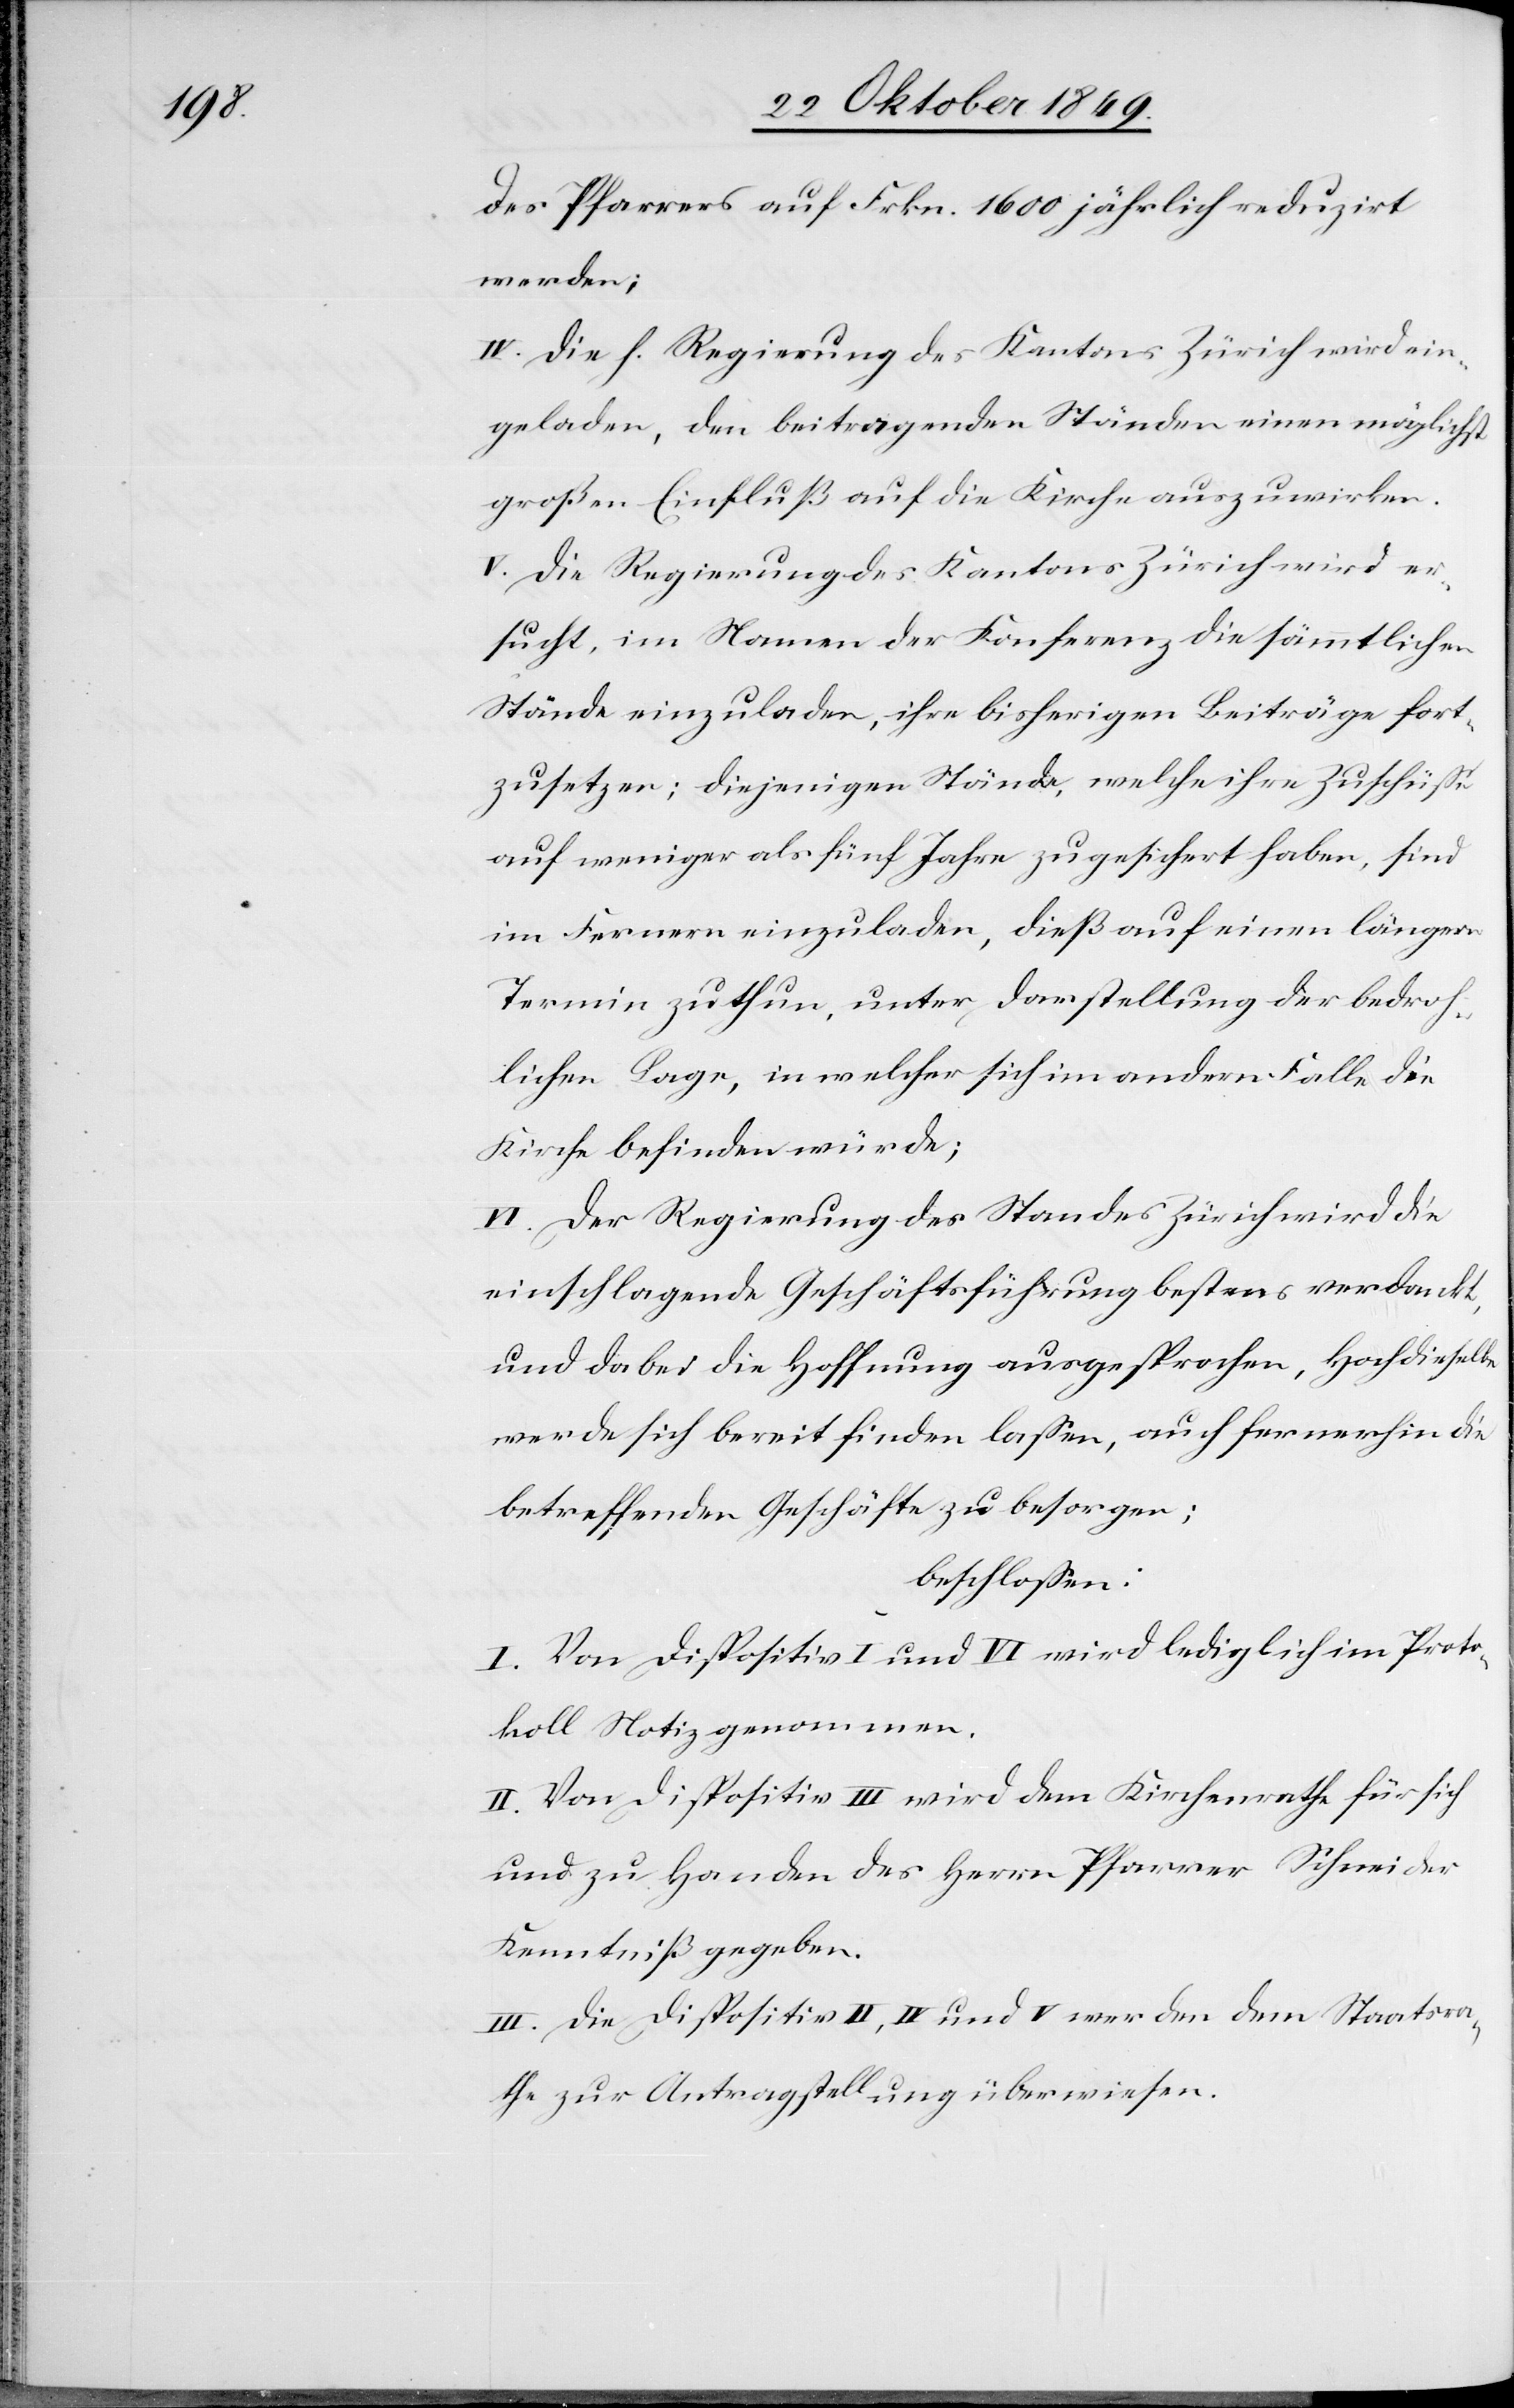
des Pfarrers auf Frkn. 1600 jährlich reduzirt
werden;
IV. Die h. Regierung des Kantons Zürich wird ein¬
geladen, den beitragenden Ständen einen möglichst
großen Einfluß auf die Kirche auszuwirken.
V. Die Regierung des Kantons Zürich wird er¬
sucht, im Namen der Konferenz die sämmtlichen
Stände einzuladen, ihre bisherigen Beiträge fort¬
zusetzen; diejenigen Stände, welche ihre Zuschüße
auf weniger als fünf Jahre zugesichert haben, sind
im Fernern einzuladen, dieß auf einen längern
Termin zu thun, unter Darstellung der bedroh¬
lichen Lage, in welcher sich im andern Falle die
Kirche befinden würde;
VI. Der Regierung des Standes Zürich wird die
einschlagende Geschäftsführung bestens verdankt,
und dabei die Hoffnung ausgesprochen, Hochdieselbe
werde sich bereit finden laßen, auch fernerhin die
betreffenden Geschäfte zu besorgen:
beschloßen:
I. Von Dispositiv I und VI wird lediglich im Proto¬
koll Notiz genommen.
II. Von Dispositiv III wird dem Kirchenrathe für sich
und zu Handen des Herrn Pfarrer Schneider
Kenntniß gegeben.
III. Die Dispositiv II, IV und V werden dem Staatsra¬
the zur Antragstellung überwiesen.